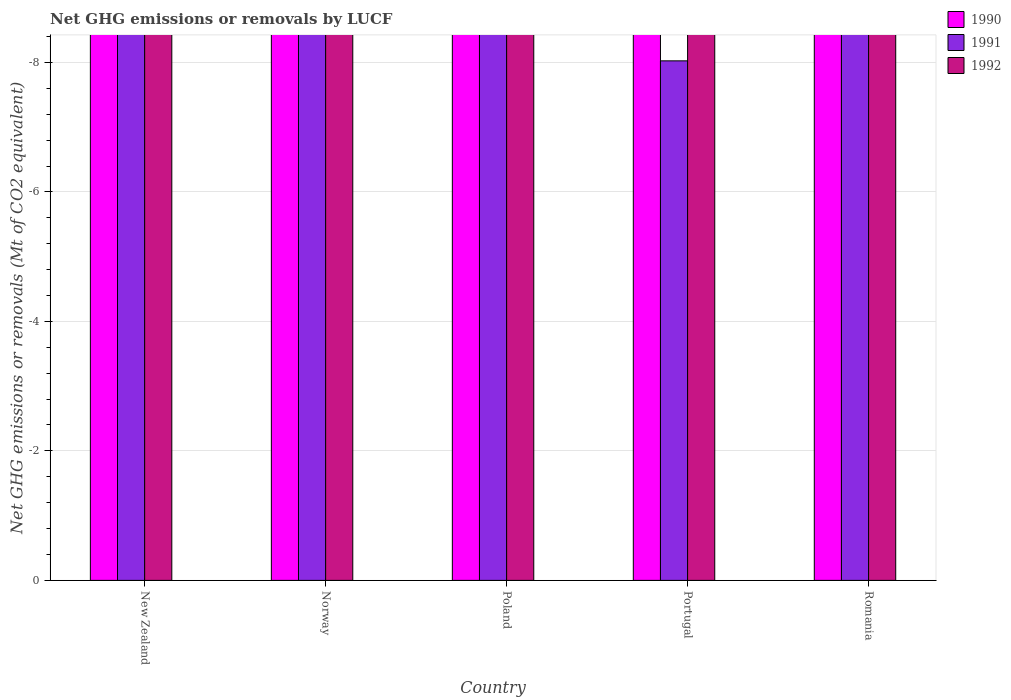
| Country | 1990 | 1991 | 1992 |
 | --- | --- | --- | --- |
 | New Zealand | -23.5 | -24.1 | -23.3 |
 | Norway | -8.56 | -9.11 | -9.58 |
 | Poland | -20.1 | -21.1 | -14.2 |
 | Portugal | -9.33 | -8.02 | -10.8 |
 | Romania | -35.6 | -37 | -37.8 |